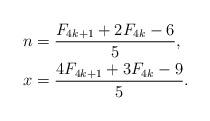
LaTeX: \begin{align*}n&=\frac{F_{4k+1}+2F_{4k}-6}{5},\\x&=\frac{4F_{4k+1}+3F_{4k}-9}{5}.\end{align*}